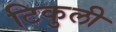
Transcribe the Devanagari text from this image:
टिकुली